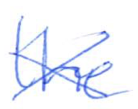
Text: the
Cross-out: cross
Writing tool: ballpoint